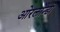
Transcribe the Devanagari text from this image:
ओरलान्डो